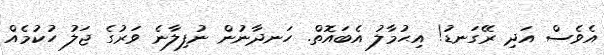
އެވެސް އަދި ރޭގަނޑު! އިޙުމާލު އެބައޮތް. ހަނދާނުން ނުފިލާނެ ވަރުގެ ޖަލު ހުކުމެއް